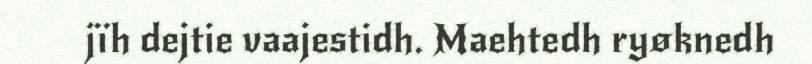
jïh dejtie vaajestidh. Maehtedh ryøknedh